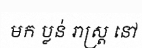
មក ប្លន់ រាស្ត្រ នៅ